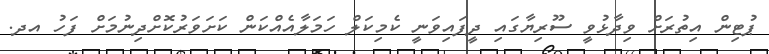
ޕުޓިން އިތުރަށް ވިދާޅުވީ ސޫރިޔާގައި ދީފައިވަނީ ކެމިކަލް ހަމަލާއެއްކަން ކަށަވަރުކޮށްދިނުމަށް ފަހު އދ.